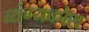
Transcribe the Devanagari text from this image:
व्यंग्यकोश